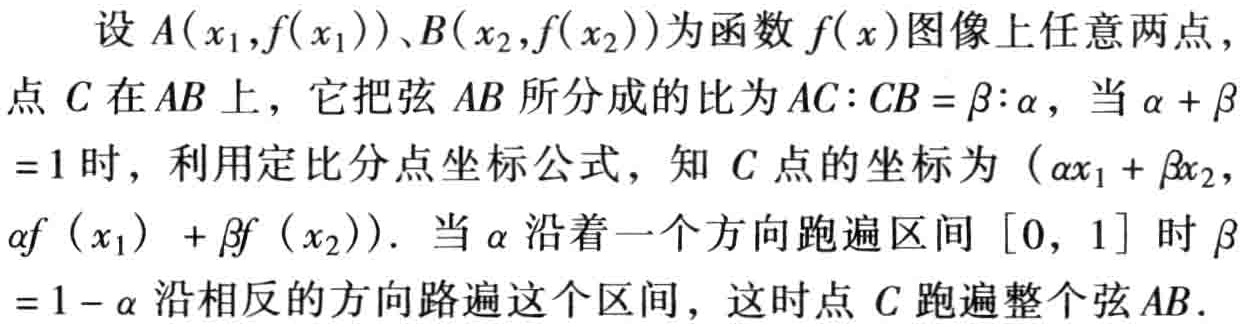
设 \(A(x_{1},f(x_{1}))、B(x_{2},f(x_{2}))\)为函数 \(f(x)\)图像上任意两点，点 \(C\)在 \(AB\)上，它把弦 \(AB\)所分成的比为 \(AC:CB = \beta:\alpha\)，当 \(\alpha + \beta = 1\)时，利用定比分点坐标公式，知 \(C\)点的坐标为 \((\alpha x_{1}+\beta x_{2},\alpha f(x_{1})+\beta f(x_{2}))\). 当 \(\alpha\)沿着一个方向跑遍区间 \([0,1]\)时 \(\beta = 1 - \alpha\)沿相反的方向路遍这个区间，这时点 \(C\)跑遍整个弦 \(AB\).